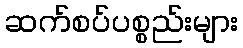
ဆက်စပ်ပစ္စည်းများ